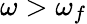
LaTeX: \omega>\omega_{f}